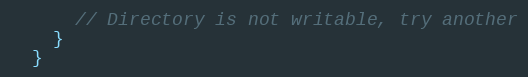
Language: JavaScript
      // Directory is not writable, try another
    }
  }